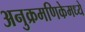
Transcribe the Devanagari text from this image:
अनुक्रमणिकेमध्ये